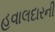
હવાલદારની